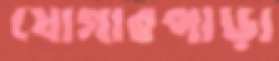
যোগারপাড়া